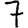
Digit: 7